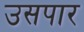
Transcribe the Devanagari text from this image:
उसपार